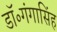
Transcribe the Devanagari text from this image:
डॉ॰गंगासिंह